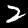
Label: 2